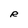
Character: R